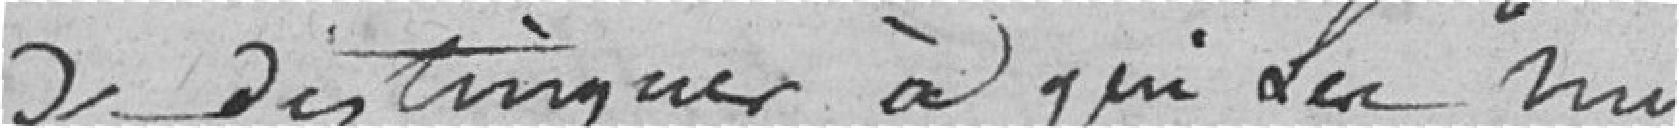
de distinguer à qui les nu